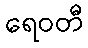
ရေဝတီ